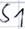
Text: S1